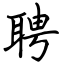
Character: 聘